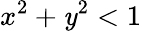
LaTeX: x^{2}+\mathit{y}^{2}<1